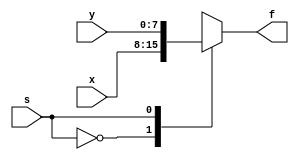
`timescale 1ns / 1ps

module mux_2x1_8bit(
    input [7:0] x, y,
    input s,
    output reg [7:0] f
    );
    
    always@(*)
    begin
    case(s)
    0:f=x;
    1:f={4'b0000,y};       //concatenated 4 MSB to mask 4 LSB
    endcase
    end
    
endmodule